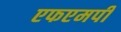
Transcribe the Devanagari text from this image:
एफएमपी